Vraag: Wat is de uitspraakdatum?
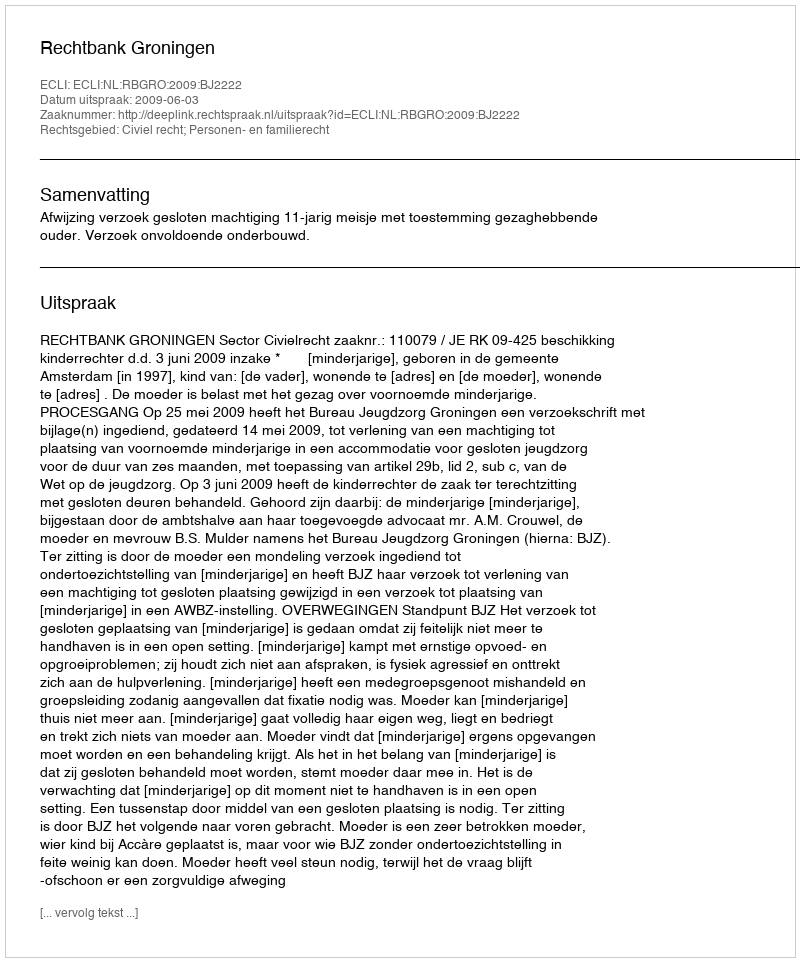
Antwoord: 2009-06-03